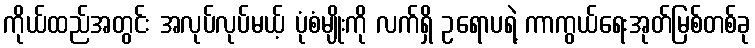
ကိုယ်ထည်အတွင်း အလုပ်လုပ်မယ့် ပုံစံမျိုးကို လက်ရှိ ဥရောပရဲ့ ကာကွယ်ရေးအုတ်မြစ်တစ်ခု